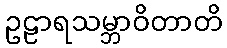
ဥဠာရသမ္ဘာဝိတာတိ